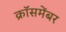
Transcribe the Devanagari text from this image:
क्रॉसमेंबर